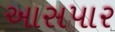
આસપાર